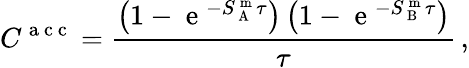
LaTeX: C^{\mathrm{~a~c~c~}}=\frac{\left(1-\mathrm{~e~}^{-S_{\mathrm{~A~}}^{\mathrm{~m~}}\tau}\right)\left(1-\mathrm{~e~}^{-S_{\mathrm{~B~}}^{\mathrm{~m~}}\tau}\right)}{\tau}\, ,